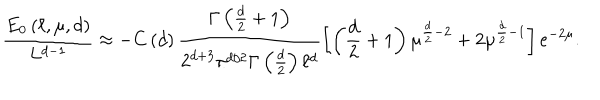
\frac { E _ { 0 } \left( \ell , \mu , d \right) } { L ^ { d - 1 } } \approx - C \left( d \right) \frac { \Gamma \left( \frac { d } { 2 } + 1 \right) } { 2 ^ { d + 3 } \pi ^ { d / 2 } \Gamma \left( \frac { d } { 2 } \right) \ell ^ { d } } \left[ \left( \frac { d } { 2 } + 1 \right) \mu ^ { \frac { d } { 2 } - 2 } + 2 \mu ^ { \frac { d } { 2 } - 1 } \right] e ^ { - 2 \mu } .